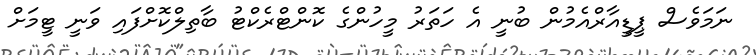
ނަމަވެސް ޕީޑީއާރްއެމުން ބުނީ އެ ހަތަރު މީހުންގެ ކޮންޓްރެކްޓު ބާތިލްކޮށްފައި ވަނީ ޓީމަށް